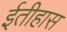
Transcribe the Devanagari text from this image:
ईतीहास